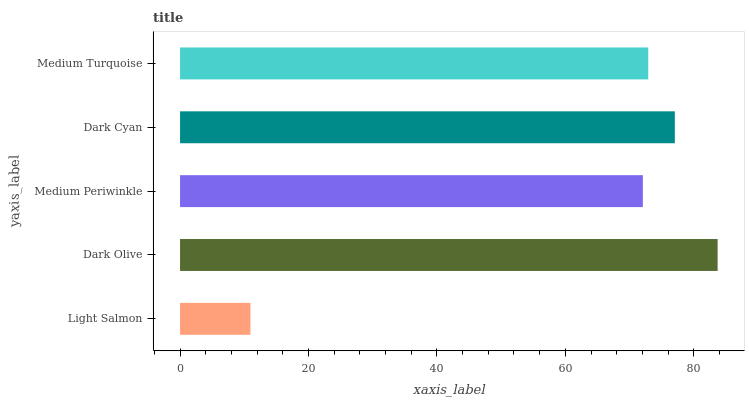
| yaxis_label | bars |
 | --- | --- |
 | Light Salmon | 11 |
 | Dark Olive | 83.7 |
 | Medium Periwinkle | 72.1 |
 | Dark Cyan | 77.1 |
 | Medium Turquoise | 72.9 |